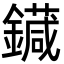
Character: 䥠